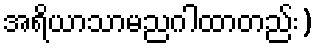
အရိယာသာမညဂါထာတည်း)